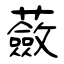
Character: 蘞